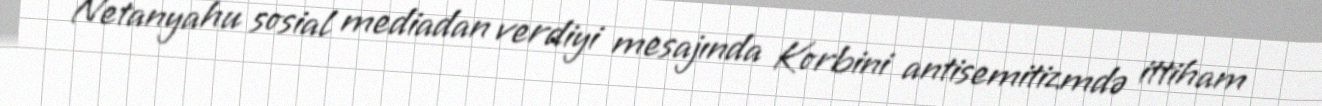
Netanyahu sosial mediadan verdiyi mesajında Korbini antisemitizmdə ittiham